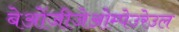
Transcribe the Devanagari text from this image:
बेओंजीजेओम्पेउरेउल